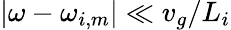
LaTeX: |\omega-\omega_{i,m}|\ll{v_{g}}/{L_{i}}